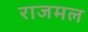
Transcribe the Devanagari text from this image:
राजमल